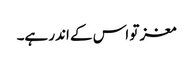
مغز تو اس کے اندر ہے۔